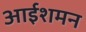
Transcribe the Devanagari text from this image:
आईशमन